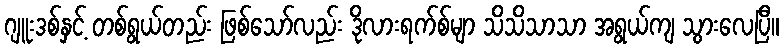
ဂျူးဒစ်နှင့် တစ်ရွယ်တည်း ဖြစ်သော်လည်း ဒိုလားရက်စ်မျာ သိသိသာသာ အရွယ်ကျ သွားလေပြီ။